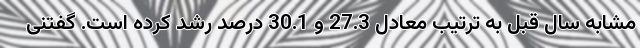
مشابه سال قبل به ترتیب معادل 27.3 و 30.1 درصد رشد کرده است. گفتنی